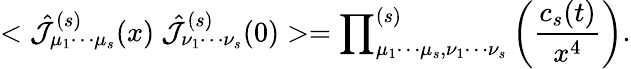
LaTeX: <\hat{{\cal{J}}}_{\mu_{1}\cdots\mu_{s}}^{(s)}(x)~\hat{{\cal{J}}}_{\nu_{1}\cdots\nu_{s}}^{(s)}(0)>={\prod}_{\mu_{1}\cdots\mu_{s},\nu_{1}\cdots\nu_{s}}^{(s)}\left({\frac{c_{s}(t)}{x^{4}}}\right).